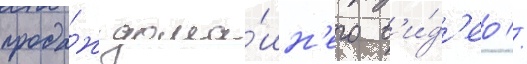
прода́ж дома́шн'его в'и́д'ео //